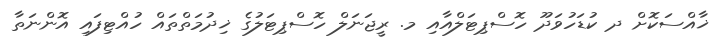
ޚާއްސަކޮށް ދ ކުޑަހުވަދޫ ހޮސްޕިޓަލްއާއި މ. ރީޖަނަލް ހޮސްޕިޓަލުގެ ޚިދުމަތްތައް ހުއްޓިފައި އޮންނަތާ